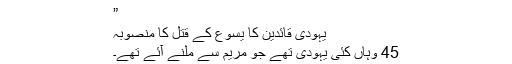
”
یہودی قائدین کا یسوع کے قتل کا منصوبہ
45 وہاں کئی یہودی تھے جو مریم سے ملنے آئے تھے۔